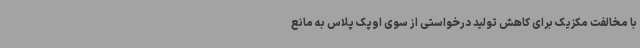
با مخالفت مکزیک برای کاهش تولید درخواستی از سوی اوپک پلاس به مانع